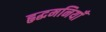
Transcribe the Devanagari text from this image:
हृद्धमनियाँ